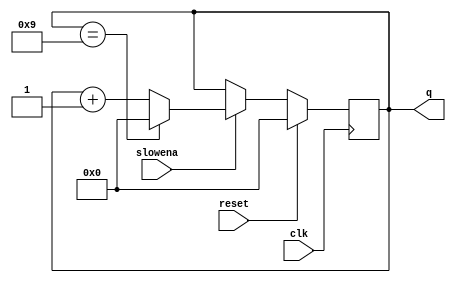
module top_module (
    input clk,
    input slowena,
    input reset,
    output [3:0] q);

    always @(posedge clk) begin
        if(reset)
            q <= 4'h0;
        else if(slowena)  begin
        	q <= q + 4'b1;
            if(q == 4'd9)
           		q <= 4'b0;
        end
    end

endmodule